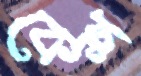
কেশ